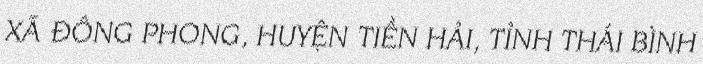
XÃ ĐÔNG PHONG, HUYỆN TIỀN HẢI, TỈNH THÁI BÌNH